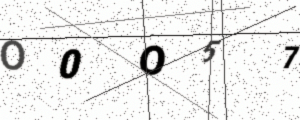
Text: O0O57